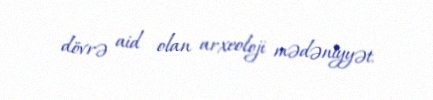
dövrə aid olan arxeoloji mədəniyyət.